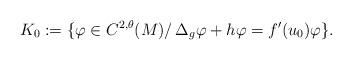
LaTeX: \begin{align*}K_0:=\{\varphi\in C^{2,\theta}(M)/\, \Delta_g \varphi+h\varphi=f'(u_0)\varphi\}.\end{align*}